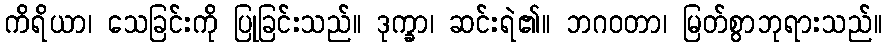
ကိရိယာ၊ သေခြင်းကို ပြုခြင်းသည်။ ဒုက္ခာ၊ ဆင်းရဲ၏။ ဘဂဝတာ၊ မြတ်စွာဘုရားသည်။